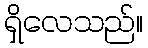
ရှိလေသည်။